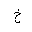
Letter: _kha